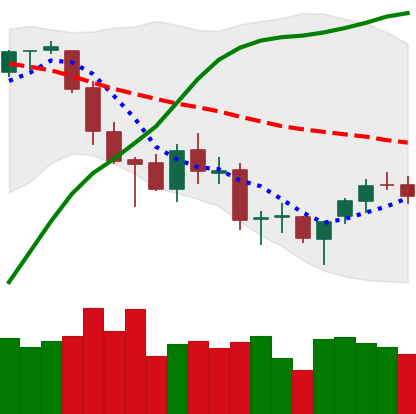
Ticker: BTC-USD
Chart end date: 2018-03-22
Forward return: -10.259%
Label: down_7plus